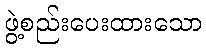
ဖွဲ့စည်းပေးထားသော